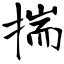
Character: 揣